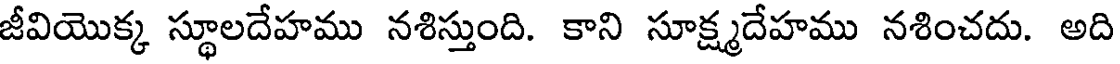
జీవియొక్క స్థూలదేహము నశిస్తుంది. కాని సూక్ష్మదేహము నశించదు. అది